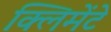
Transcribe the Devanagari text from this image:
क्लिमेंटे